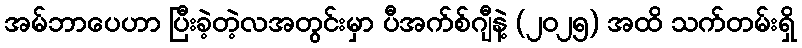
အမ်ဘာပေဟာ ပြီးခဲ့တဲ့လအတွင်းမှာ ပီအက်စ်ဂျီနဲ့ (၂၀၂၅) အထိ သက်တမ်းရှိ